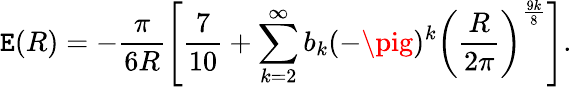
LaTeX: \mathtt{E}(R)=-\frac{{\pi}}{{6R}}\left[{\frac{{7}}{{10}}}+\sum_{k=2}^{\infty}b_{k}(-\pig)^{k}\left(\frac{{R}}{{2\pi}}\right)^{\frac{{9k}}{{8}}}\right].